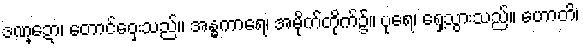
ဒဏ္ဍော၊ တောင်ဝှေးသည်။ အန္ဓကာရေ၊ အမိုက်တိုက်၌။ ပုရေ၊ ရှေ့သွားသည်။ ဟောတိ၊